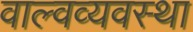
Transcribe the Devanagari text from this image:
वाल्वव्यवस्था